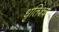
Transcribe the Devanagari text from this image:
धृतिश्च